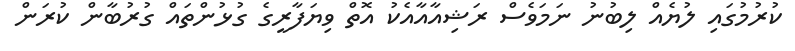
ކުރުމުގައި ލުޔެއް ލިބުނު ނަމަވެސް ރަޝިއާއާއެކު އޮތް ވިޔަފާރީގެ ގުޅުންތައް ގުރުބާން ކުރަން